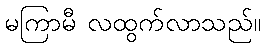
မကြာမီ လထွက်လာသည်။